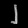
Digit: ၂